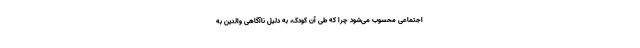
اجتماعی محسوب می‌شود چرا که طی آن کودک، به دلیل ناآگاهی والدین به